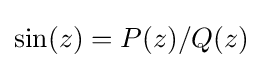
\sin(z)=P(z)/Q(z)